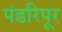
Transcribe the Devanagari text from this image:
पंडरिपूर